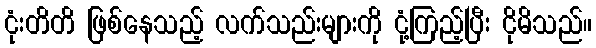
ငုံးတိတိ ဖြစ်နေသည့် လက်သည်းများကို ငုံ့ကြည့်ပြီး ငိုမိသည်။